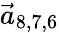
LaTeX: \vec{a}_{8,7,6}